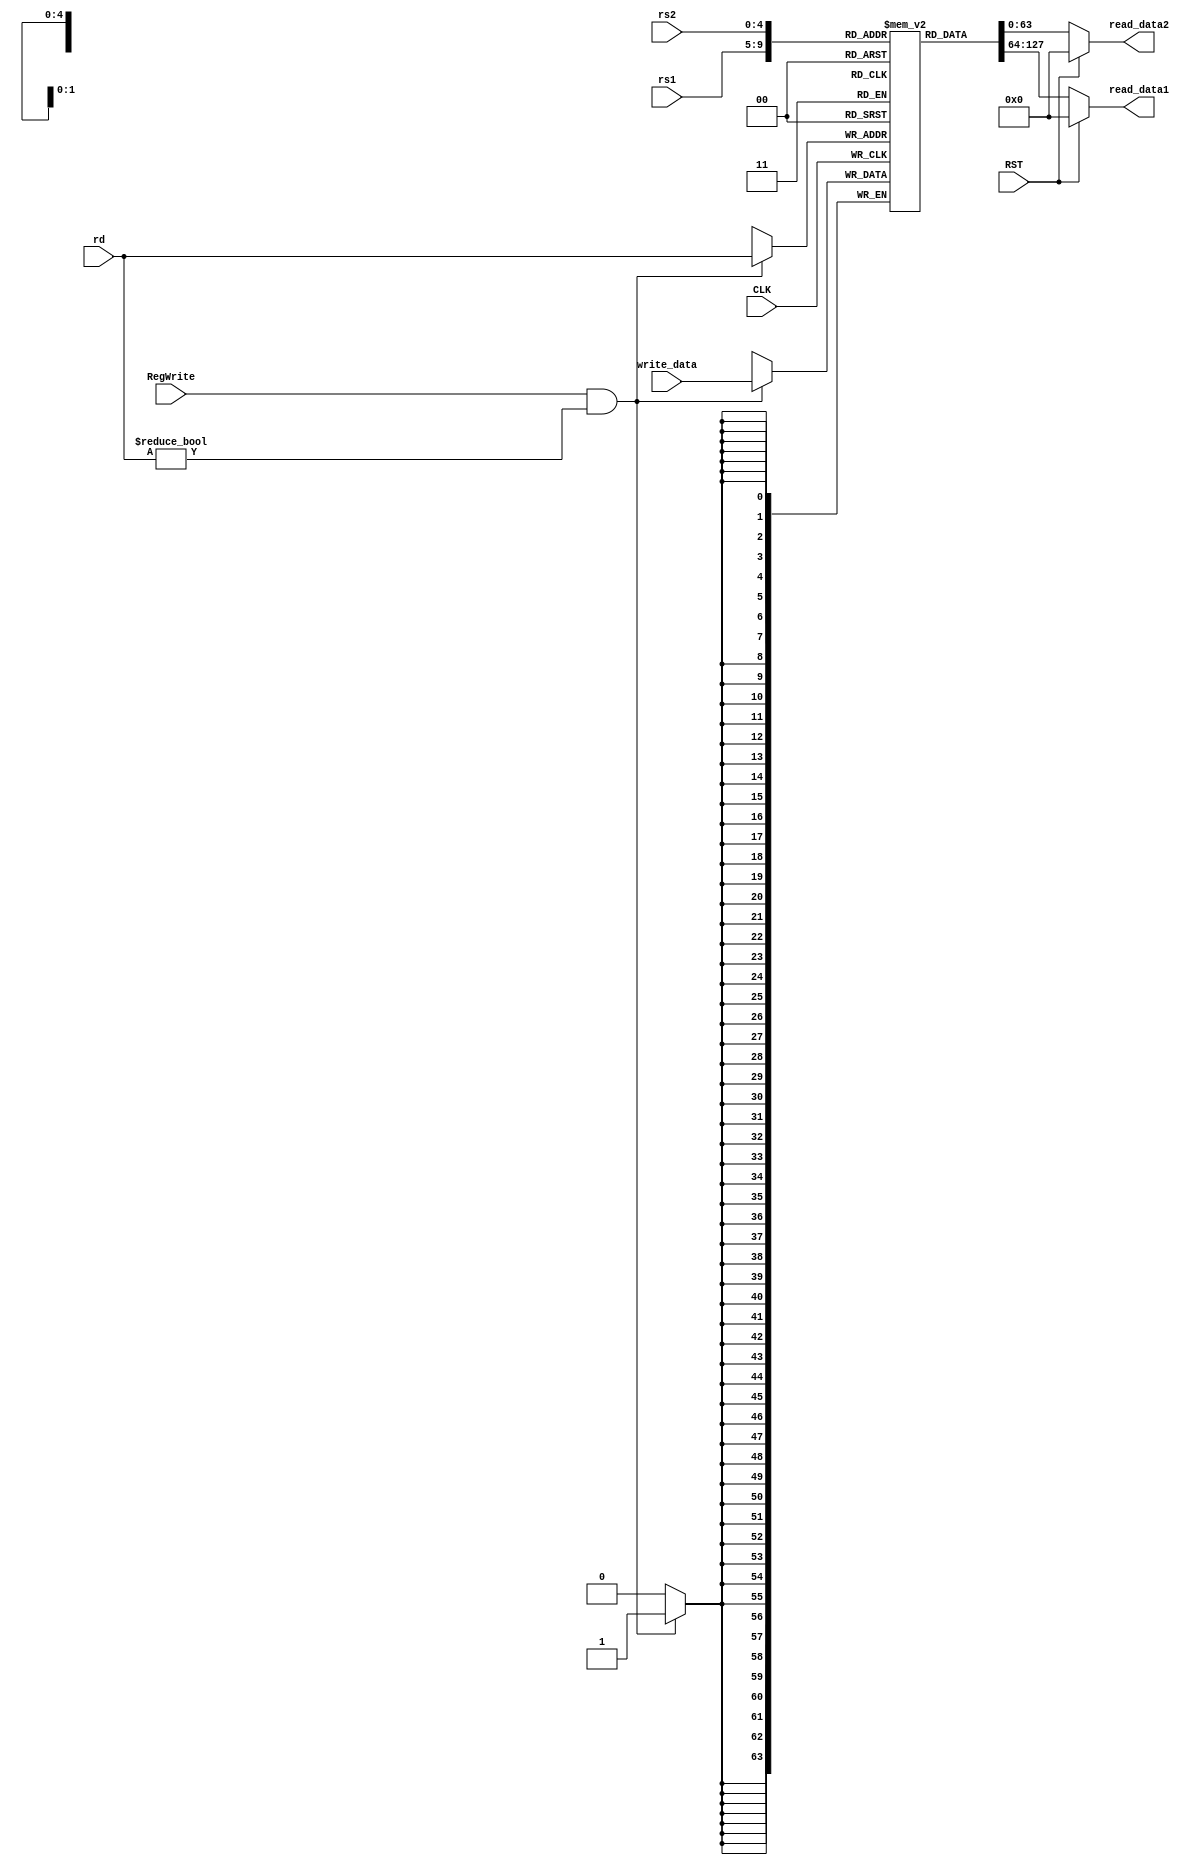
module RegisterFile
(
    input CLK,RST,RegWrite,
    input [4:0] rs1,rs2,rd,
    input [63:0] write_data,
    output reg [63:0] read_data1,read_data2
);

reg [63:0] REGFILE [31:0];
integer i;
initial begin
    for(i=0; i<32; i=i+1)
        REGFILE[i]=0;
end

always @(posedge CLK) begin
    if(RegWrite && rd != 0) REGFILE[rd] = write_data;
end

always @(*) begin
    if(RST) begin
        read_data1 = 0;
        read_data2 = 0;
    end
    else begin
        read_data1 = REGFILE[rs1];
        read_data2 = REGFILE[rs2];
    end
end

endmodule